Lunatic asylums Bombay report 1878-1890 - 1878-1890
Year: 1878
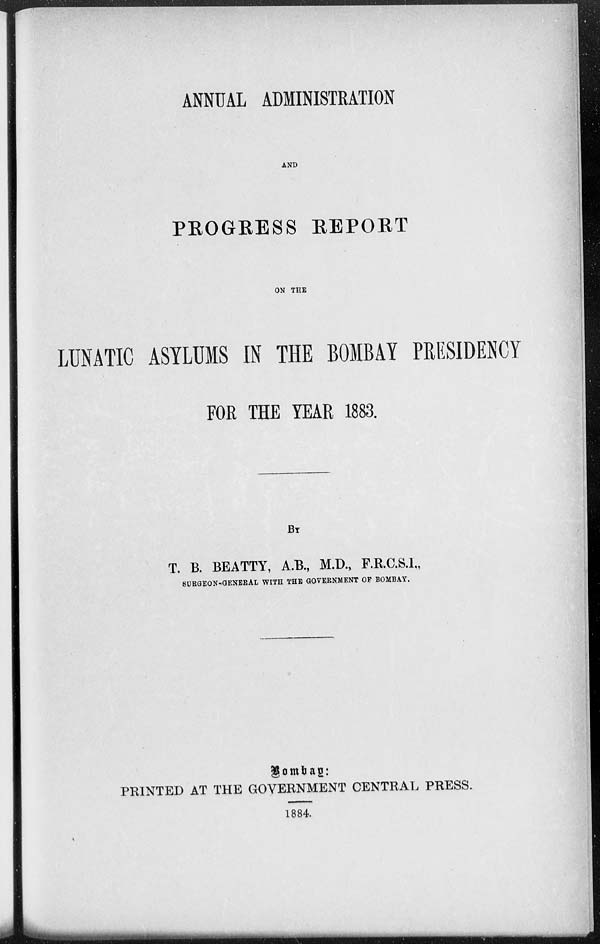
ANNUAL ADMINISTRATION
AND
PROGRESS REPORT
ON THE
LUNATIC ASYLUMS IN THE BOMBAY PRESIDENCY
FOR THE YEAR 1883.
BY
T. B. BEATTY, A.B., M.D., F.R.C.S.I.,
SURGEON-GENERAL WITH THE GOVERNMENT OF BOMBAY.
Bombay:
PRINTED AT THE GOVERNMENT CENTRAL PRESS.
1884.